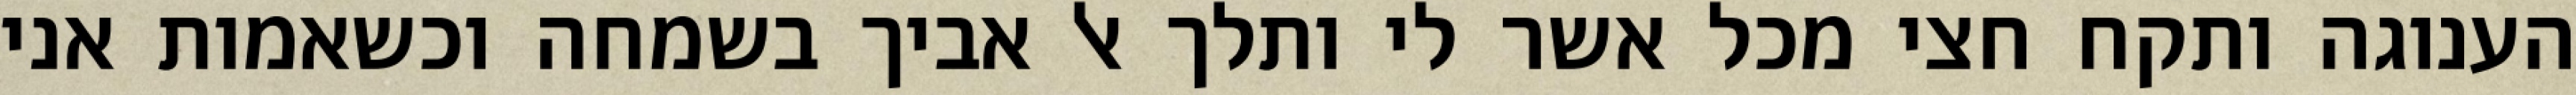
הענוגה ותקח חצי מכל אשר לי ותלך אל אביך בשמחה וכשאמות אני